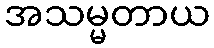
အသမ္မတာယ